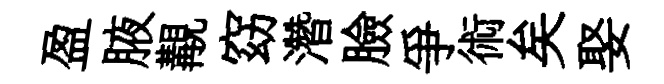
盈腋覯窈濳臉爭術矣娶